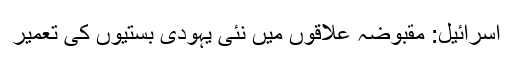
اسرائیل: مقبوضہ علاقوں میں نئی یہودی بستیوں کی تعمیر